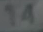
14